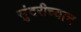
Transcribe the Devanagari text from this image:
सुंदरीच्याच